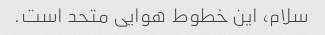
سلام، این خطوط هوایی متحد است.